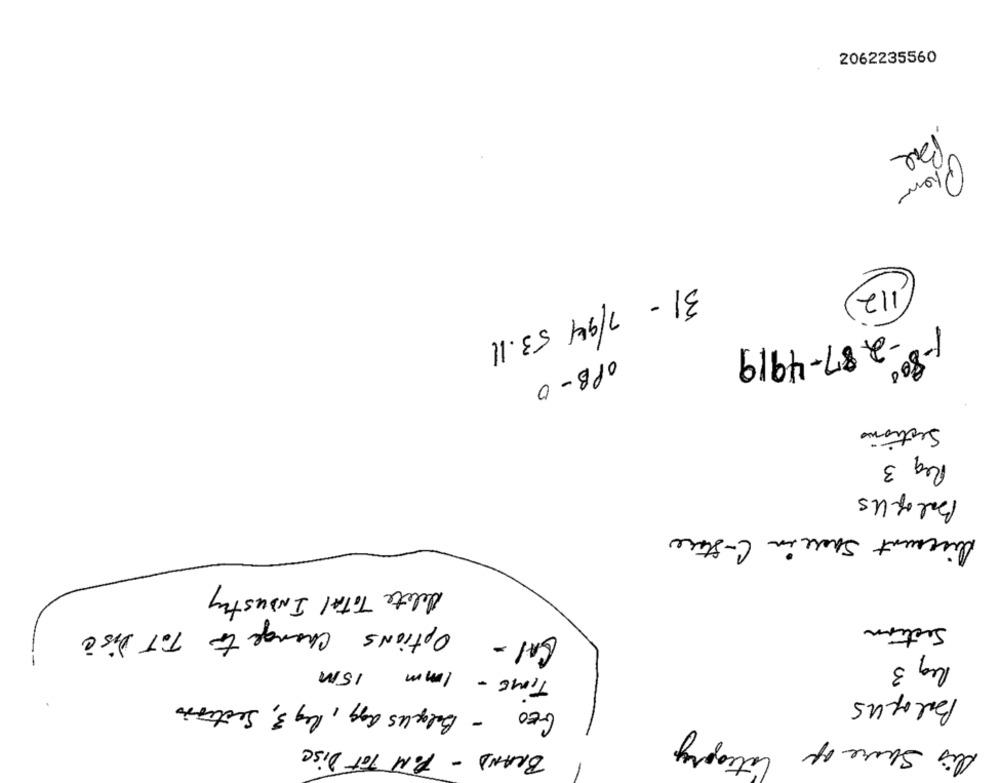
2062235560
Be
112
31 - 7/94 53.11
-287-4919
1-800
OPB-0
Sections
Req 3
BalofUs
Diserent Share in C- Stare
Delete Total Industry
CAS - Options change to TOT Disc
Section
Req 3
TIME - 1mm 15M
GEO - Belgeus agg, Reg 3, Sectiono
Balofus
Category
Dis Share of
BRAND - POM TOT Disc